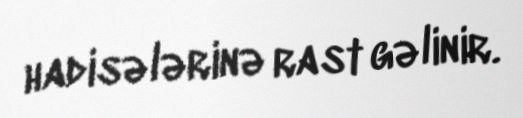
hadisələrinə rast gəlinir.